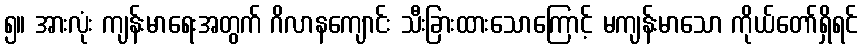
၅။ အားလုံး ကျန်းမာရေးအတွက် ဂိလာနကျောင်း သီးခြားထားသောကြောင့် မကျန်းမာသော ကိုယ်တော်ရှိရင်